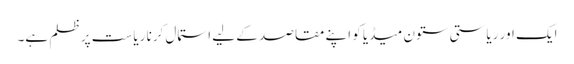
ایک اور ریاستی ستون میڈیا کو اپنے مقاصد کے لیے استمال کرنا ریاست پر ظلم ہے۔